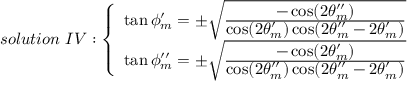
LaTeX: s o l u t i o n ~ I V : \left\{ \begin{array} { l } { { \tan \phi _ { m } ^ { \prime } = \pm \sqrt { { \frac { \displaystyle - \cos ( 2 \theta _ { m } ^ { \prime \prime } ) } { \displaystyle \cos ( 2 \theta _ { m } ^ { \prime } ) \cos ( 2 \theta _ { m } ^ { \prime \prime } - 2 \theta _ { m } ^ { \prime } ) } } } ~ } } \\ { { \tan \phi _ { m } ^ { \prime \prime } = \pm \sqrt { { \frac { \displaystyle - \cos ( 2 \theta _ { m } ^ { \prime } ) } { \displaystyle \cos ( 2 \theta _ { m } ^ { \prime \prime } ) \cos ( 2 \theta _ { m } ^ { \prime \prime } - 2 \theta _ { m } ^ { \prime } ) } } } ~ } } \end{array} \right.